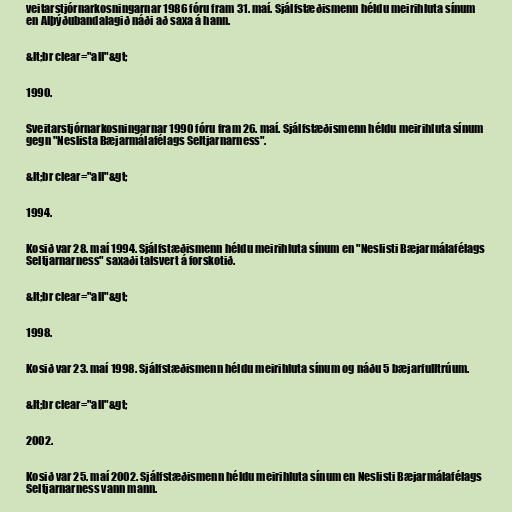
veitarstjórnarkosningarnar 1986 fóru fram 31. maí. Sjálfstæðismenn héldu meirihluta sínum
en Alþýðubandalagið náði að saxa á hann.

&lt;br clear="all"&gt;

1990.

Sveitarstjórnarkosningarnar 1990 fóru fram 26. maí. Sjálfstæðismenn héldu meirihluta sínum
gegn "Neslista Bæjarmálafélags Seltjarnarness".

&lt;br clear="all"&gt;

1994.

Kosið var 28. maí 1994. Sjálfstæðismenn héldu meirihluta sínum en "Neslisti Bæjarmálafélags
Seltjarnarness" saxaði talsvert á forskotið.

&lt;br clear="all"&gt;

1998.

Kosið var 23. maí 1998. Sjálfstæðismenn héldu meirihluta sínum og náðu 5 bæjarfulltrúum.

&lt;br clear="all"&gt;

2002.

Kosið var 25. maí 2002. Sjálfstæðismenn héldu meirihluta sínum en Neslisti Bæjarmálafélags
Seltjarnarness vann mann.